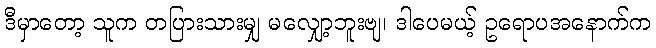
ဒီမှာတော့ သူက တပြားသားမျှ မလျှော့ဘူးဗျ၊ ဒါပေမယ့် ဥရောပအနောက်က